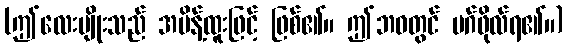
(ဤလေးမျိုးသည် အမိန့်ထူးဖြင့် ဖြစ်၏။ ဤဘဝတွင် မဂ်ဖိုလ်ရ၏။)